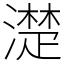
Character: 濋